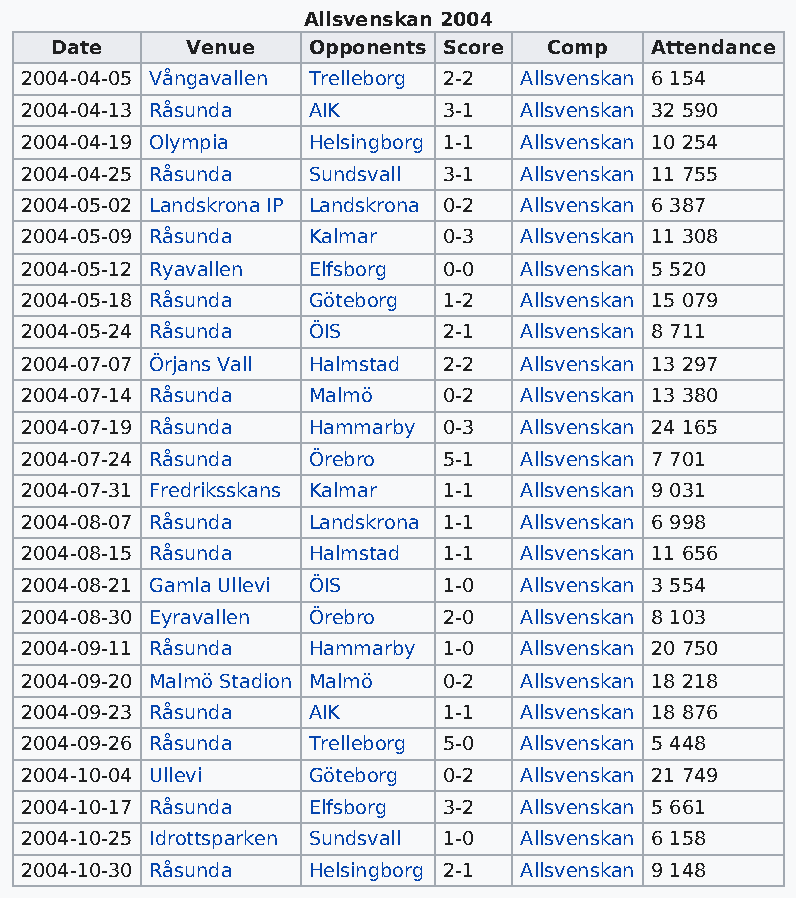
Allsvenskan 2004
 Date     Venue   Opponents Score Comp   Attendance
 2004-04-05 Vångavallen Trelleborg 2-2 Allsvenskan 6 154
 2004-04-13 Råsunda AIK      3-1  Allsvenskan 32 590
 2004-04-19 Olympia Helsingborg 1-1 Allsvenskan 10 254
 2004-04-25 Råsunda Sundsvall 3-1 Allsvenskan 11 755
 2004-05-02 Landskrona IP Landskrona 0-2 Allsvenskan 6 387
 2004-05-09 Råsunda Kalmar   0-3  Allsvenskan 11 308
 2004-05-12 Ryavallen Elfsborg 0-0 Allsvenskan 5 520
 2004-05-18 Råsunda Göteborg 1-2  Allsvenskan 15 079
 2004-05-24 Råsunda ÖIS      2-1  Allsvenskan 8 711
 2004-07-07 Örjans Vall Halmstad 2-2 Allsvenskan 13 297
 2004-07-14 Råsunda Malmö    0-2  Allsvenskan 13 380
 2004-07-19 Råsunda Hammarby 0-3  Allsvenskan 24 165
 2004-07-24 Råsunda Örebro   5-1  Allsvenskan 7 701
 2004-07-31 Fredriksskans Kalmar 1-1 Allsvenskan 9 031
 2004-08-07 Råsunda Landskrona 1-1 Allsvenskan 6 998
 2004-08-15 Råsunda Halmstad 1-1  Allsvenskan 11 656
 2004-08-21 Gamla Ullevi ÖIS 1-0  Allsvenskan 3 554
 2004-08-30 Eyravallen Örebro 2-0 Allsvenskan 8 103
 2004-09-11 Råsunda Hammarby 1-0  Allsvenskan 20 750
 2004-09-20 Malmö Stadion Malmö 0-2 Allsvenskan 18 218
 2004-09-23 Råsunda AIK      1-1  Allsvenskan 18 876
 2004-09-26 Råsunda Trelleborg 5-0 Allsvenskan 5 448
 2004-10-04 Ullevi  Göteborg 0-2  Allsvenskan 21 749
 2004-10-17 Råsunda Elfsborg 3-2  Allsvenskan 5 661
 2004-10-25 Idrottsparken Sundsvall 1-0 Allsvenskan 6 158
 2004-10-30 Råsunda Helsingborg 2-1 Allsvenskan 9 148